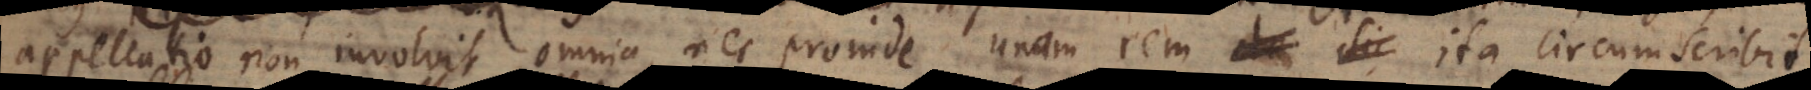
appellatio non involvit omnia, nec proinde unam rem ita circumscrib